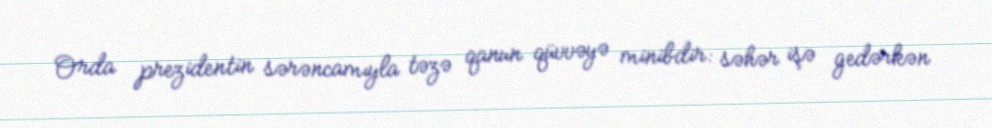
Orda prezidentin sərəncamıyla təzə qanun qüvvəyə minibdir: səhər işə gedərkən